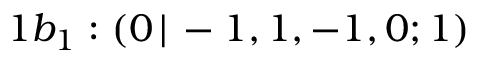
1 b _ { 1 } : ( 0 \, | \, - 1 , 1 , - 1 , 0 ; 1 )